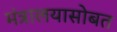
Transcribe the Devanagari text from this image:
मंत्रालयासोबत